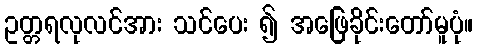
ဥတ္တရလုလင်အား သင်ပေး ၍ အဖြေခိုင်းတော်မူပုံ။